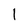
Character: I